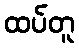
ထပ်တူ